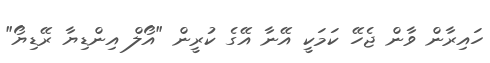
ހައިރާން ވާން ޖެހޭ ކަމަކީ އޭނާ އޭގެ ކުރީން "އޯލް އިންޑިޔާ ރޭޑިޔޯ"